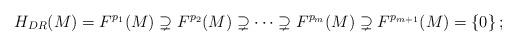
LaTeX: \begin{align*}H_{DR}(M) = F^{p_1}(M) \supsetneq F^{p_2}(M) \supsetneq \cdots \supsetneq F^{p_m}(M) \supsetneq F^{p_{m+1}}(M) = \left\{0\right\};\end{align*}